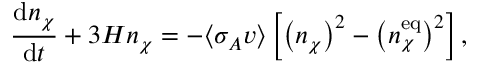
\frac { \mathrm { d } n _ { \chi } } { \mathrm { d } t } + 3 H n _ { \chi } = - \langle \sigma _ { A } v \rangle \left[ \left( n _ { \chi } \right) ^ { 2 } - \left( n _ { \chi } ^ { \mathrm { e q } } \right) ^ { 2 } \right] ,